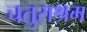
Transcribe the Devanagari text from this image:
चतुराश्रम